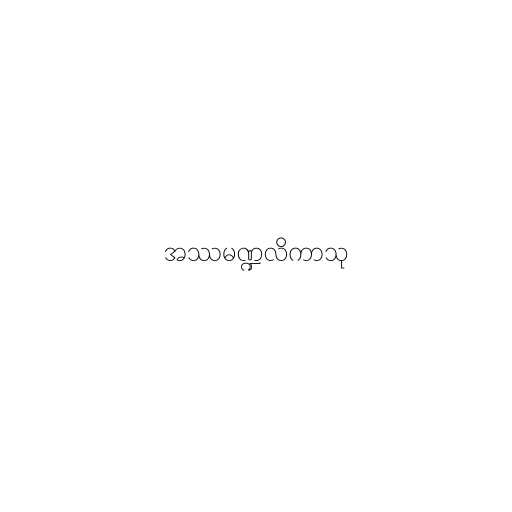
အဿမဏ္ဍလိကာသု